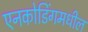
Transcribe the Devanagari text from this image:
एनकोडिंगमधील